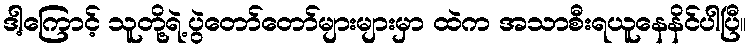
ဒါ့ကြောင့် သူတို့ရဲ့ပွဲတော်တော်များများမှာ ထဲက အသာစီးရယူနေနိင်ပါပြီ။